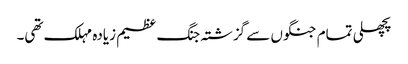
پچھلی تمام جنگوں سے گزشتہ جنگ عظیم زیادہ مہلک تھی۔